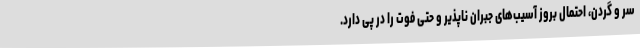
سر و گردن، احتمال بروز آسیب‌های جبران ناپذیر و حتی فوت را در پی دارد.